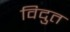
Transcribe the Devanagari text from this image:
विदुत